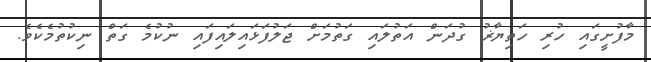
މާފުށީގައި ހުރި ހަތިޔާޜު ގުދަން އަތުލައި ގަތުމަށް ޖަލުފަޅައިލައިފައި ނުކުމެ ގަތް ނިކުތުމެކެވެ.